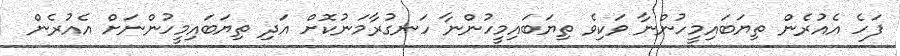
ފަހެ އެއުރެން ތިޔަބައިމީހުންނާ ވަކިވެ ތިޔަބައިމީހުންނާ ހަނގުރާމަނުކޮށް އަދި ތިޔަބައިމީހުންނަށް އެއުރެން